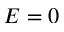
E = 0